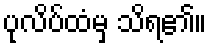
ပုလိပ်ထံမှ သိရ၏။